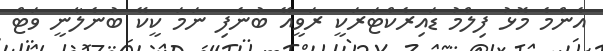
އެންމެ މޮޅު ފިލްމު ޑައިރެކްޓަރަކީ ރަވީއޭ ބުނެފި ނަމަ ކީކޭ ބުނެލާނީ ވަޓް